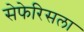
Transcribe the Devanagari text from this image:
सेफेरिसला